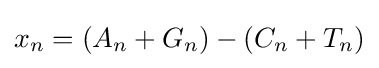
x_{n}=(A_{n}+G_{n})-(C_{n}+T_{n})